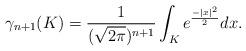
LaTeX: \begin{align*}\gamma_{n+1}(K)=\frac{1}{(\sqrt{2\pi})^{n+1}}\int_{K}e^{\frac{-|x|^2}{2}}dx.\end{align*}